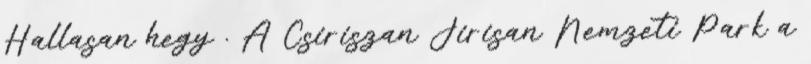
Hallasan hegy . A Csiriszan Jirisan Nemzeti Park a